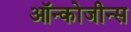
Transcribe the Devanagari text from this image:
ऑन्कोजीन्स